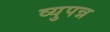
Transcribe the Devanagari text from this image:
व्युपन्न